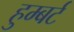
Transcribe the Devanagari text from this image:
हुम्बर्ट